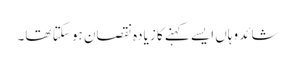
شائد وہاں ایسے کہنے کا زیادہ نقصان ہو سکتا تھا۔